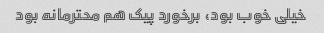
خیلی خوب بود، برخورد پیک هم محترمانه بود